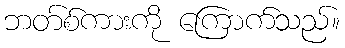
ဘတ်စ်ကားကို ကြောက်သည်။